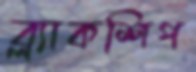
ব্ল্যাকশিপ